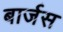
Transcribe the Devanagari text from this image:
बार्जस